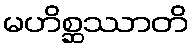
မဟိစ္ဆဿာတိ